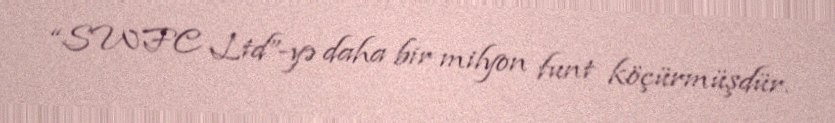
“SWFC Ltd”-yə daha bir milyon funt köçürmüşdür.